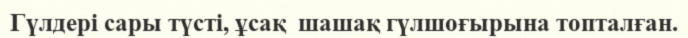
Гүлдері сары түсті, ұсақ  шашақ гүлшоғырына топталған.